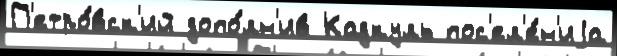
П'етро́вск'ий допо́лн'ив Кадкуль пос'ел'е́н'иjа